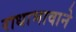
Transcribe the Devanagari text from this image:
राधाभावाने